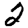
Digit: 2